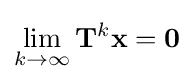
\lim _{k\to \infty }\mathbf {T} ^{k}\mathbf {x} =\mathbf {0}